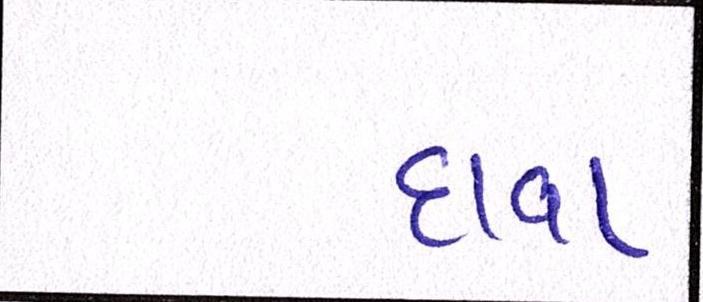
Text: દાવા